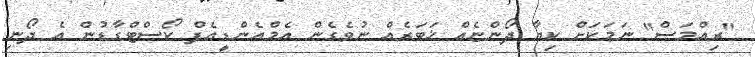
"ރިއްމަސް" ނަމަކަށް ކިޔާ ދޯންޏެއް ޚަބަރެއް ނުވެގެން އެމްއެންޑީއެފް ކޯސްޓްގާޑުން އެ ދޯނި